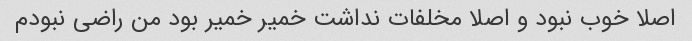
اصلا خوب نبود و اصلا مخلفات نداشت خمیر خمیر بود من راضی نبودم